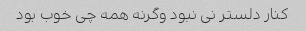
کنار دلستر نی نبود وگرنه همه چی خوب بود